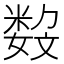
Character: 𡢏